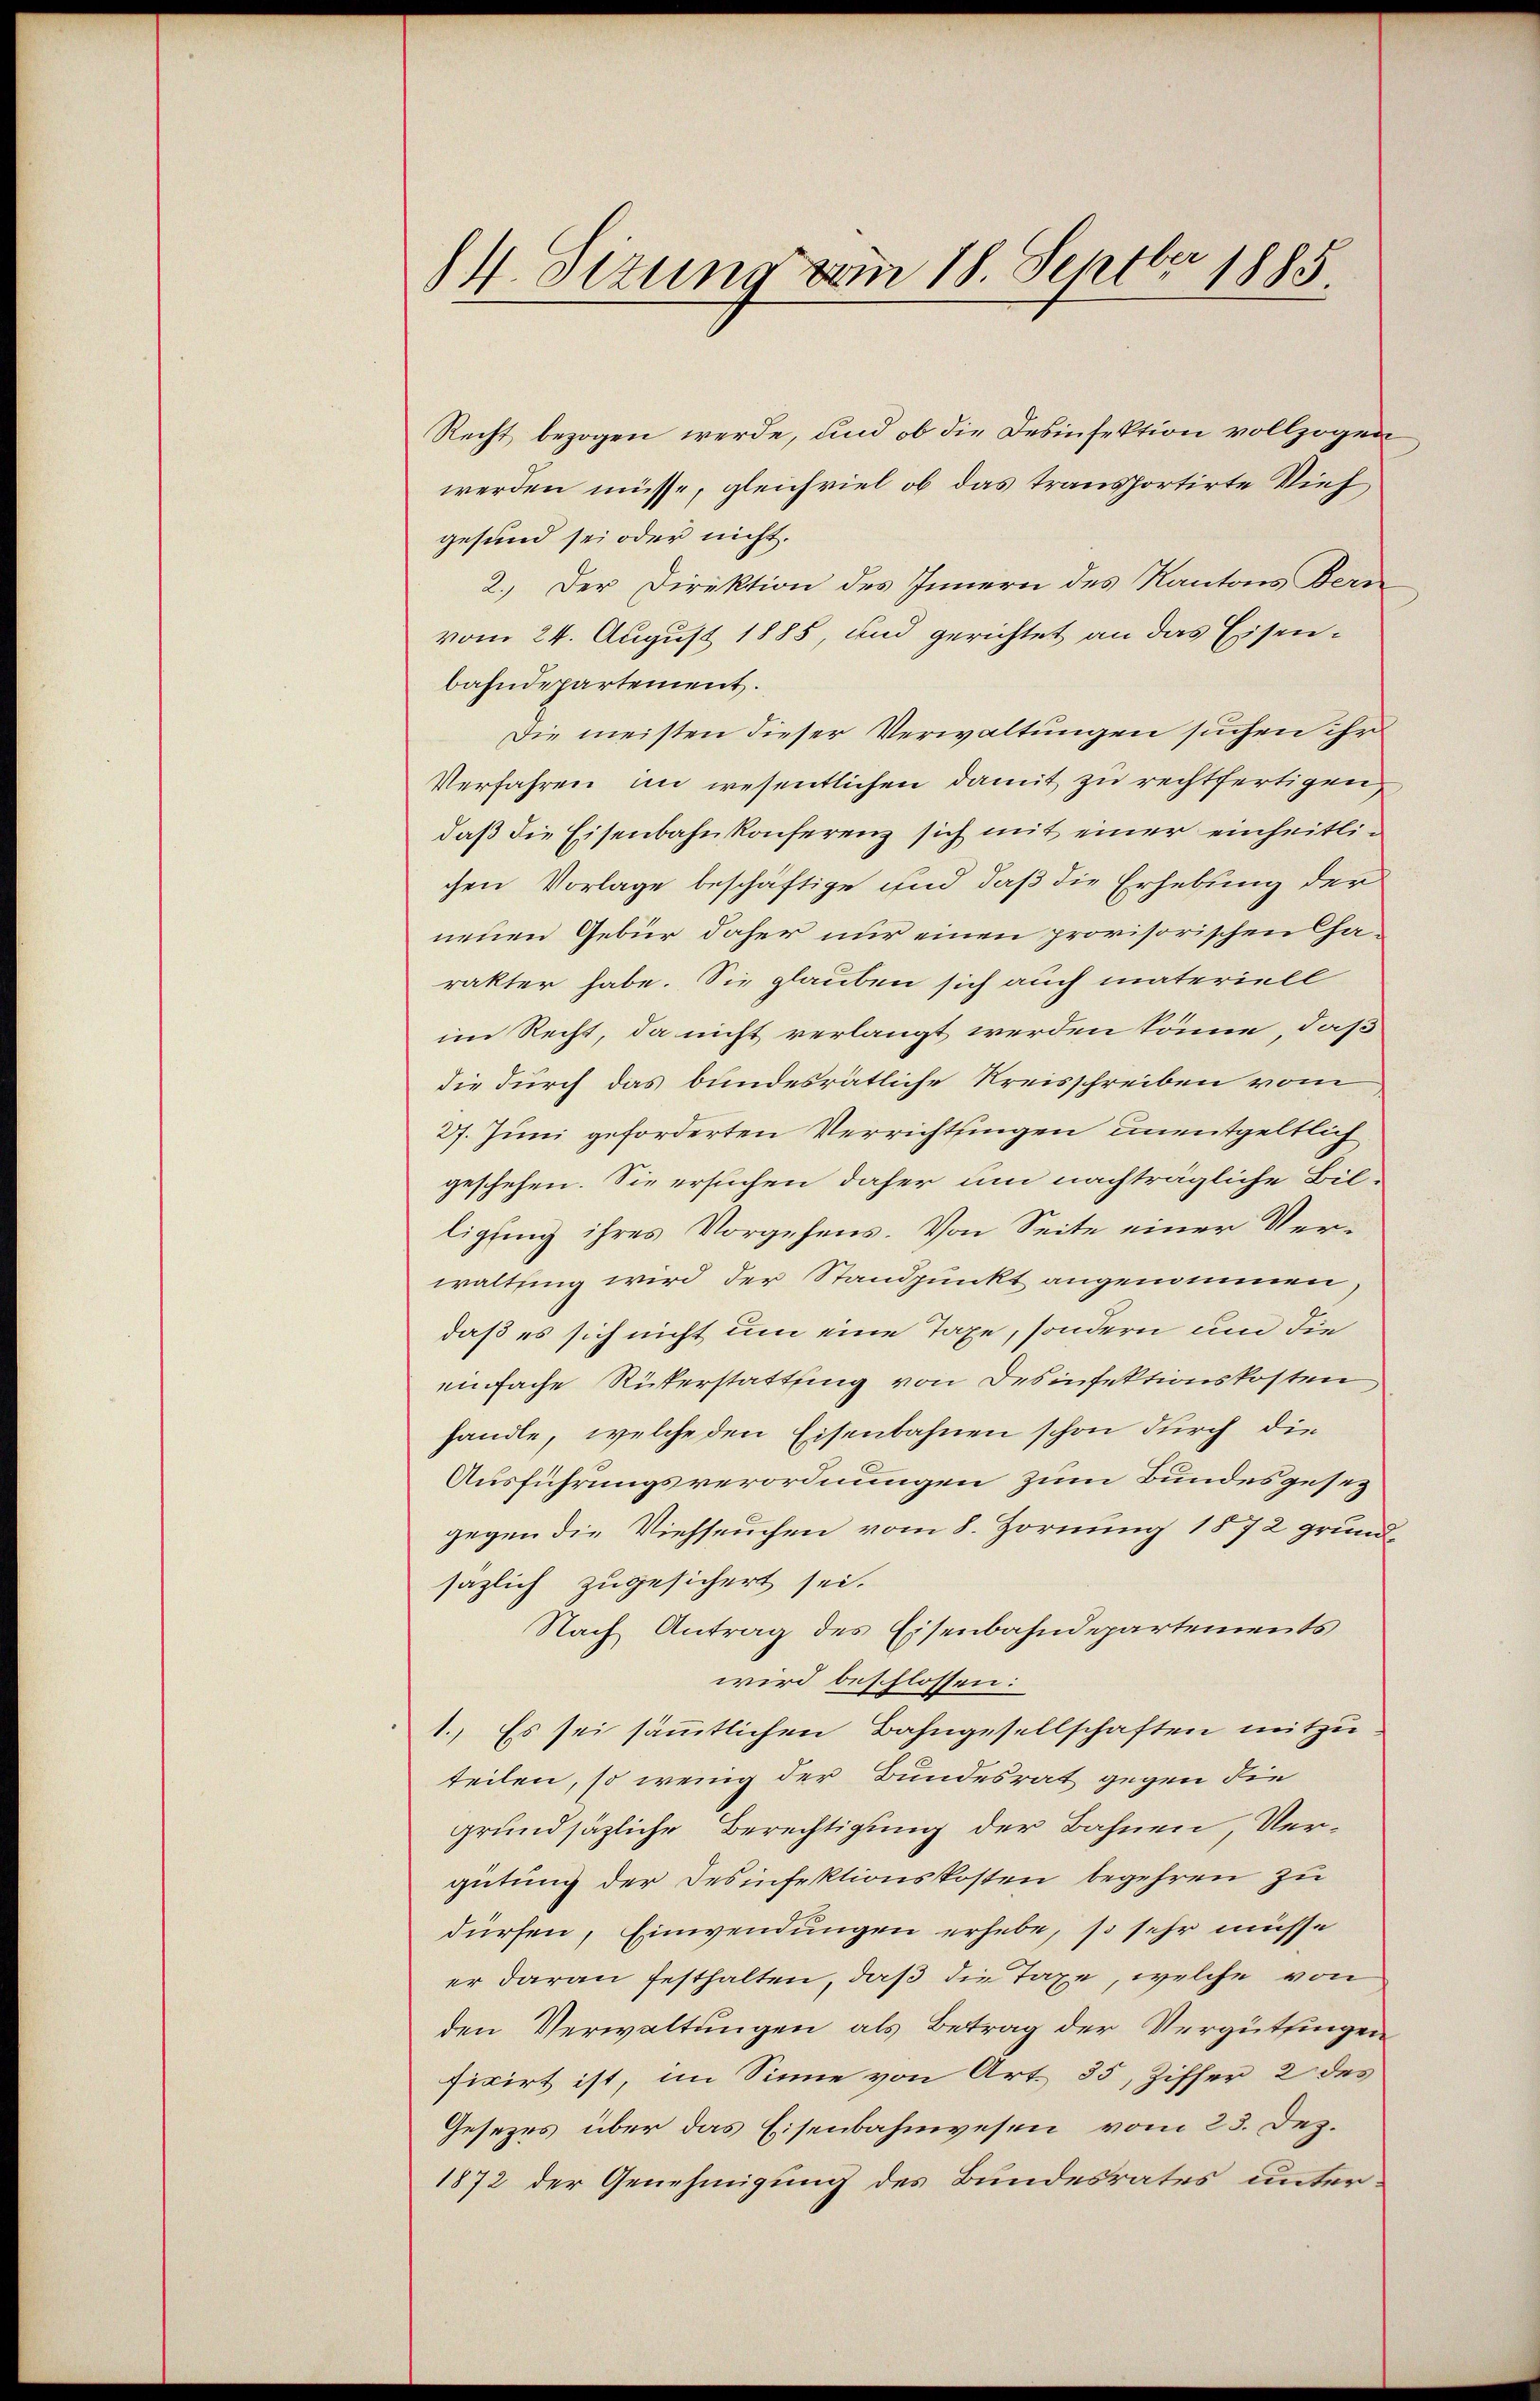
84. Sitzung vom 18. Septbr 1885.

Recht bezogen werde, und ob die Desinfektion vollzogen
werden müsse, gleichviel ob das transportirte Vieh
gesund sei oder nicht.
2.) Der Direktion des Innern des Kantons Bern
vom 24. August 1885, und gerichtet an das Eisenbahndepartement.
Die meisten dieser Verwaltungen suchen ihr
Verfahren im wesentlichen damit zu rechtfertigen,
daß die Eisenbahnkonferenz sich mit einer einheitlichen Vorlage beschäftige und daß die Erhebung der
neuen Gebür daher nur einen provisorischen Charakter habe. Sie glauben sich auch materiell
im Recht, da nicht verlangt werden könne, daß
die durch das bundesrätliche Kreisschreiben vom
27. Juni geforderten Verrichtungen unentgeltlich
geschehen. Sie ersuchen daher um nachträgliche Bil-
ligung ihres Vorgehens. Von Seite einer Verwaltsing wird der Standpunkt angenommen,
daß es sich nicht um eine Taxe, sondern um die
einfache Rükerstattung von Desinfektionskosten
handle, welche den Eisenbahnen schon durch die
Ausführungsverordnungen zum Bundesgesezgegen die Viehseuchen vom 8. Hornung 1872 grundsazlich zugesichert sei.
Nach Antrag des Eisenbahndepartements
wird beschlossen:
1. Es sei sämmtlichen Bahngesellschaften mitzu-
teilen, so wenig der Bundesrat gegen die
grundsätzliche Berechtigung der Bahnen, Vergütung der Desinfektionskosten begehren zu
dürfen, Einwendungen erhebe, so sehr müsse
er daran festhalten, daß die Taxe, welche von
den Verwaltungen als Betrag der Vergüttingen
ficirt ist, im Sinne von Art. 35, Ziffer 2 des
Gesezes über das Eisenbahnwesen vom 23. Dez.
1872 der Genehmigung des Bundesrates unter¬